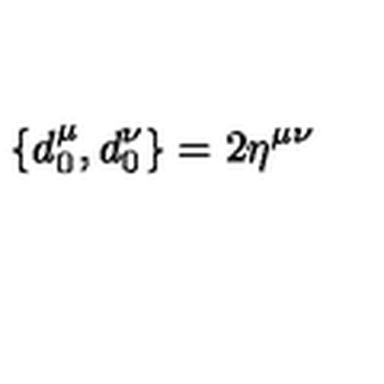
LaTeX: \{ d _ { 0 } ^ { \mu } , d _ { 0 } ^ { \nu } \} = 2 \eta ^ { \mu \nu }